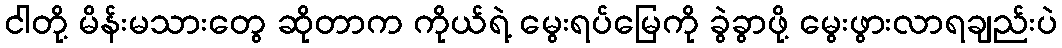
ငါတို့ မိန်းမသားတွေ ဆိုတာက ကိုယ်ရဲ့ မွေးရပ်မြေကို ခွဲခွာဖို့ မွေးဖွားလာရချည်းပဲ